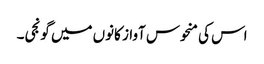
اس کی منحوس آواز کانوں میں گونجی۔